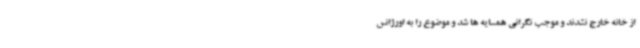
از خانه خارج نشدند و موجب نگرانی همسایه ها شد و موضوع را به اورژانس